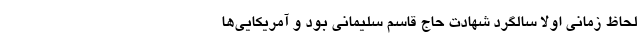
لحاظ زمانی اولاً سالگرد شهادت حاج قاسم سلیمانی بود و آمریکایی‌ها